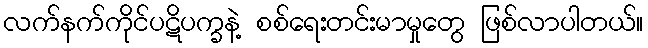
လက်နက်ကိုင်ပဋိပက္ခနဲ့ စစ်ရေးတင်းမာမှုတွေ ဖြစ်လာပါတယ်။